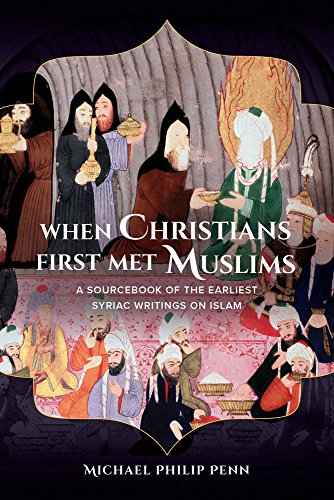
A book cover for When Christians First Met Muslims: A Sourcebook of the Earliest Syriac Writings on Islam; MichÃ¦l Philip Penn; History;